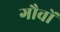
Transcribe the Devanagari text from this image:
गौवों